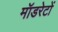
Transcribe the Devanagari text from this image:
मॉडरेटों